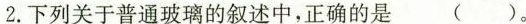
2.下列关于普通玻璃的叙述中，正确的是 ( )。